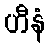
ဟီနံ